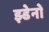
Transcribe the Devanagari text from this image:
झ्डेनो